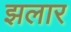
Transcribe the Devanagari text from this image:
झलार